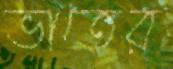
ভাতের